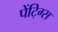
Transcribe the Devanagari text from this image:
पेंटि्ग्स